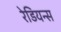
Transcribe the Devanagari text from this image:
रेडियन्स